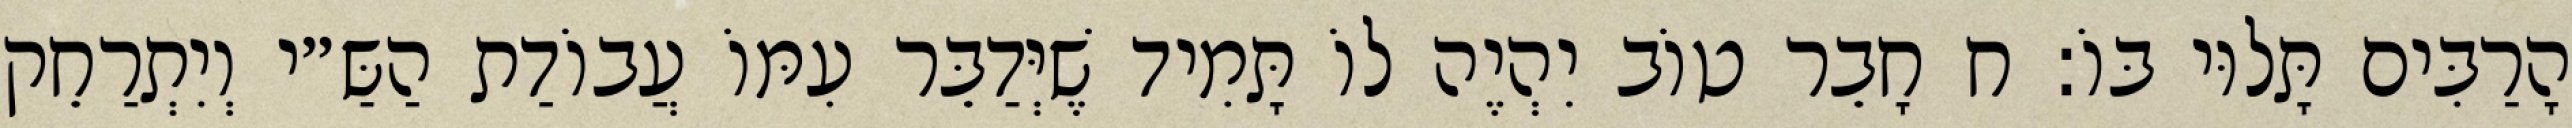
הָרַבִּים תָּלוּי בּוֹ: ח חָבֵר טוֹב יִהְיֶה לוֹ תָּמִיד שֶׁיְּדַבֵּר עִמּוֹ עֲבוֹדַת הַשַּ״י וְיִתְרַחֵק